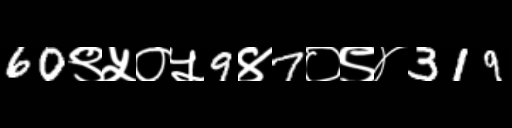
Text: 60९५०५9४7०९४319